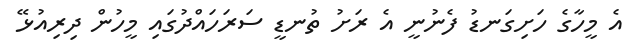
އެ މީހާގެ ހަށިގަނޑު ފެނުނީ އެ ރަށު ތުނޑީ ސަރަހައްދުގައި މީހުން ދިރިއުޅޭ